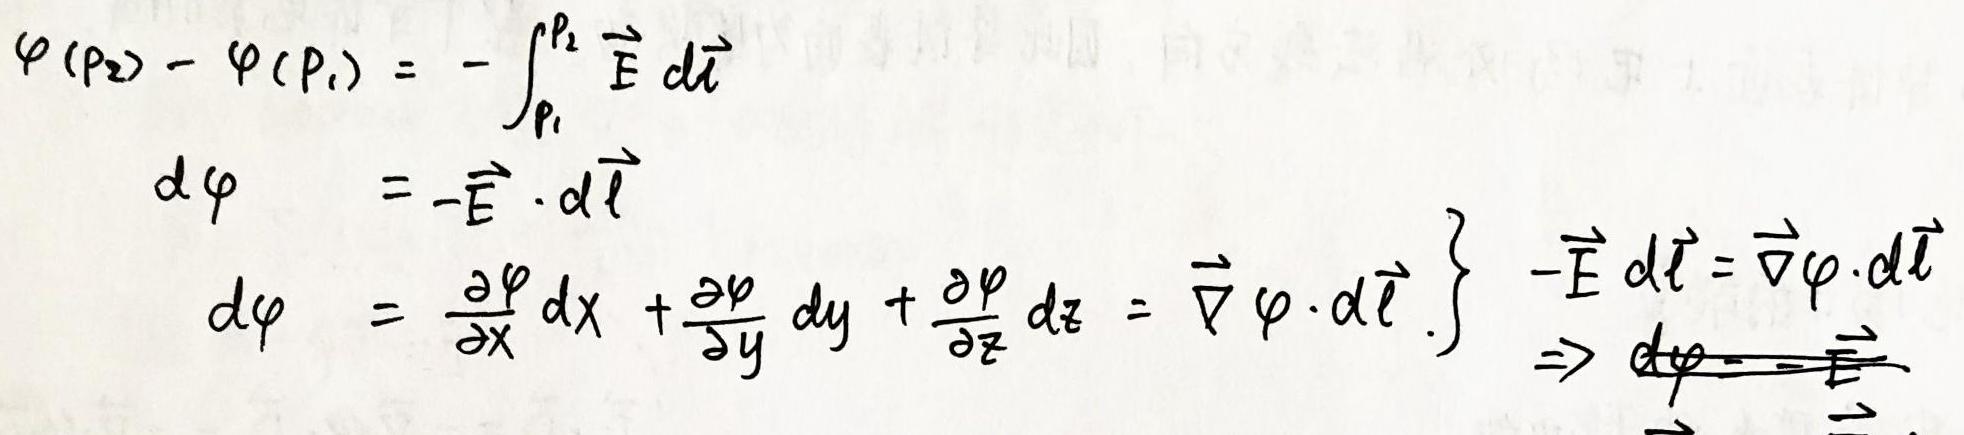
\[
\begin{align*}
\varphi(P_2) - \varphi(P_1) &= -\int_{P_1}^{P_2} \vec{E} \cdot d\vec{l}\\
d\varphi &= -\vec{E} \cdot d\vec{l}\\
d\varphi &= \frac{\partial\varphi}{\partial x} dx + \frac{\partial\varphi}{\partial y} dy + \frac{\partial\varphi}{\partial z} dz = \vec{\nabla}\varphi \cdot d\vec{l} \left.\begin{array}{l} \end{array}\right\} -\vec{E} \cdot d\vec{l} = \vec{\nabla}\varphi \cdot d\vec{l} \Rightarrow
\end{align*}
\]